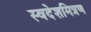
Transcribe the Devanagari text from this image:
स्वदेशमित्रण